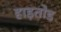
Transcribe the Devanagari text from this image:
हाड़तोड